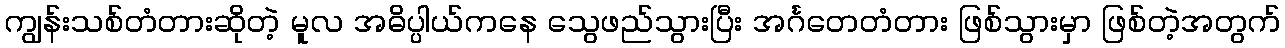
ကျွန်းသစ်တံတားဆိုတဲ့ မူလ အဓိပ္ပါယ်ကနေ သွေဖည်သွားပြီး အင်္ဂတေတံတား ဖြစ်သွားမှာ ဖြစ်တဲ့အတွက်